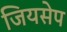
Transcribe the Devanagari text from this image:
जियसेप